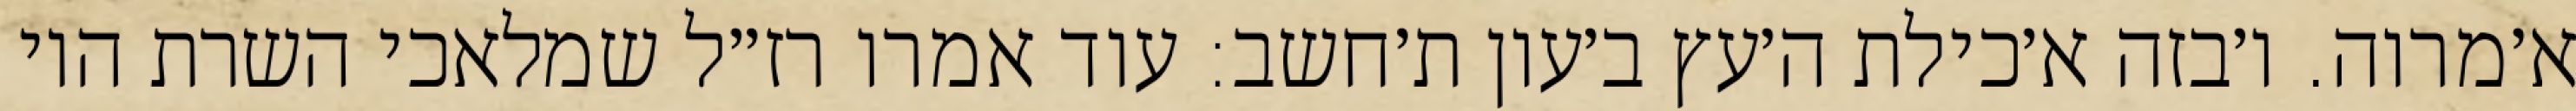
א׳מרוה. ו׳בזה א׳כילת ה׳עץ ב׳עון ת׳חשב: עוד אמרו רז״ל שמלאכי השרת היו